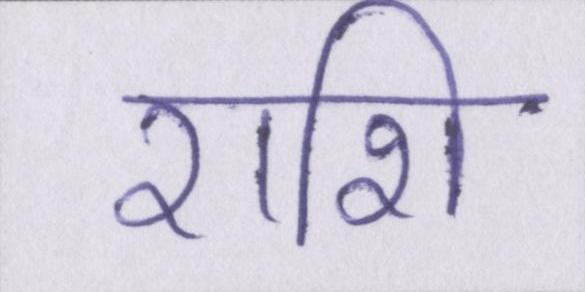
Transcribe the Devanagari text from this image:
राशि